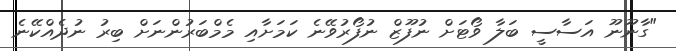
"ގާނޫނޫ އަސާސީ ބަލާ ވޯޓަށް ނުފޫޒް ނުފޯރުވޭނެ ކަމަށާއި މެމްބަރުންނަށް ބިރު ނުދެއްކޭނެ